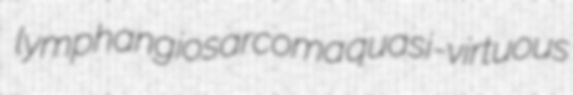
lymphangiosarcoma quasi-virtuous